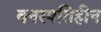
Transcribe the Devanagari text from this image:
वनस्पतिहीन